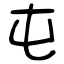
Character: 屯